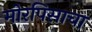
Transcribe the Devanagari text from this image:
मोरपिसाचा